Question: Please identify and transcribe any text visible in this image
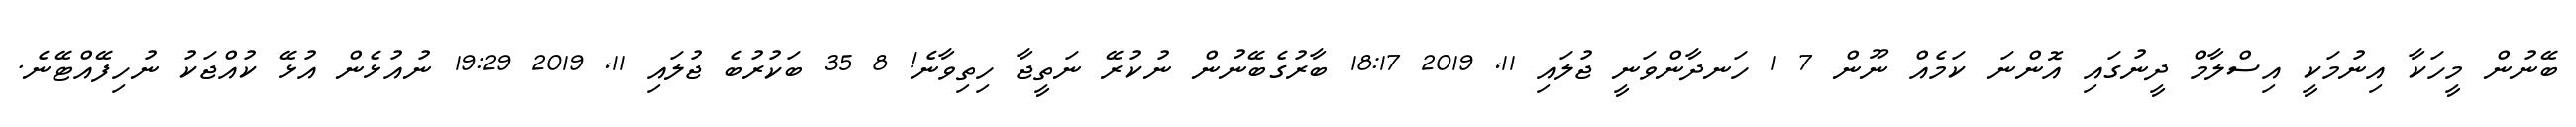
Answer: ބޭނުން މީހަކާ އިނުމަކީ އިސްލާމް ދީނުގައި އޮންނަ ކަމެއް ނޫން 7 1 ހަނދާންވަނީ ޖުލައި 11, 2019 18:17 ބާރުގެބޭނުން ނުކުރޭ ނަތީޖާ ހިތިވާނެ! 8 35 ބަކުރުބެ ޖުލައި 11, 2019 19:29 ނުއުޅެން އުޅޭ ކުއްޖަކު ނުހިފޭއްޓޭނެ.